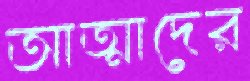
আত্মাদের